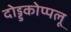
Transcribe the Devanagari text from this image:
दोड्डकोप्पलू